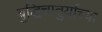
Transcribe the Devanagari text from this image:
बुद्धिचातुर्याच्या